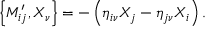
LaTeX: \left\{ M _ { i j } ^ { \prime } , X _ { \nu } \right\} = - \left( \eta _ { i \nu } X _ { j } - \eta _ { j \nu } X _ { i } \right) .